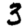
Digit: 3